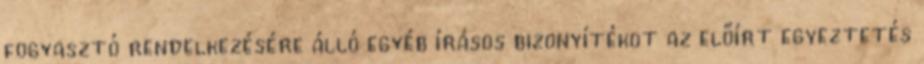
fogyasztó rendelkezésére álló egyéb írásos bizonyítékot az előírt egyeztetés